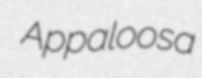
Appaloosa